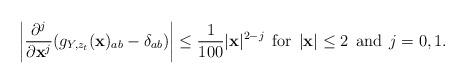
LaTeX: \begin{align*}\left|\frac{\partial^j}{\partial\mathbf{x}^j}(g_{Y,z_t}(\mathbf{x})_{ab}-\delta_{ab})\right| \leq \frac{1}{100}|\mathbf{x}|^{2-j}\,\;{\rm for}\;\, |\mathbf{x}| \leq 2\;\,{\rm and}\;\,j=0,1.\end{align*}